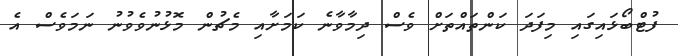
ފުޓްބޯޅައިގައި މިފަދަ ކަންތައްތަށް ވެސް ދިމާވާނެ ކަމަށާއި މެޗުން މޮޅުނުވެވުނު ނަމަވެސް އެ